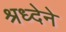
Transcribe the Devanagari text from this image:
श्रध्देने